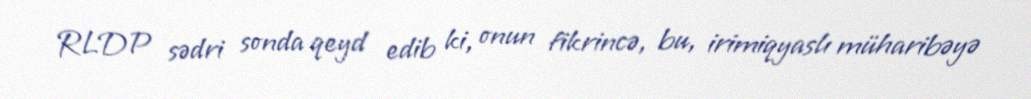
RLDP sədri sonda qeyd edib ki, onun fikrincə, bu, irimiqyaslı müharibəyə